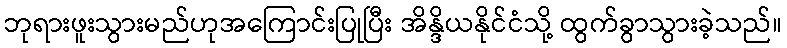
ဘုရားဖူးသွားမည်ဟုအကြောင်းပြုပြီး အိန္ဒိယနိုင်ငံသို့ ထွက်ခွာသွားခဲ့သည်။